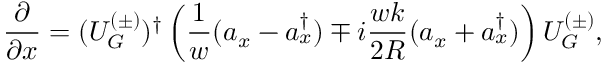
\frac { \partial } { \partial x } = ( U _ { G } ^ { ( \pm ) } ) ^ { \dag } \left( \frac { 1 } { w } ( a _ { x } - a _ { x } ^ { \dag } ) \mp i \frac { w k } { 2 R } ( a _ { x } + a _ { x } ^ { \dag } ) \right) U _ { G } ^ { ( \pm ) } ,